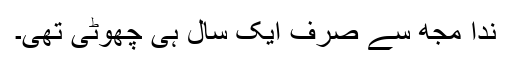
ندا مجھ سے صرف ایک سال ہی چھوٹی تھی۔